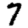
Digit: 7